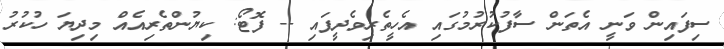
ސިފައިން ވަނީ އެތަން ސާފުކުރުމުގައި އެހީތެރިވެދީފައި -- ފޮޓޯ: ކިޔުންތެރިއެއް މިދިޔަ ހުކުރު